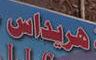
هريداس